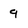
Character: 9